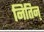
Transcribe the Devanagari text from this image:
नितिन्